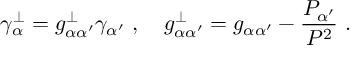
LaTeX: \gamma _ { \alpha } ^ { \perp } = g _ { \alpha \alpha ^ { \prime } } ^ { \perp } \gamma _ { \alpha ^ { \prime } } \ , \quad g _ { \alpha \alpha ^ { \prime } } ^ { \perp } = g _ { \alpha \alpha ^ { \prime } } - \frac { P _ { \alpha ^ { \prime } } } { P ^ { 2 } } \ .